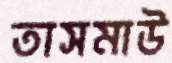
তাসমাউ